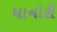
ધાનોરી